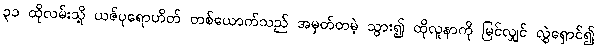
၃၁ ထိုလမ်းသို့ ယဇ်ပုရောဟိတ် တစ်ယောက်သည် အမှတ်တမဲ့ သွား၍ ထိုလူနာကို မြင်လျှင် လွှဲရှောင်၍